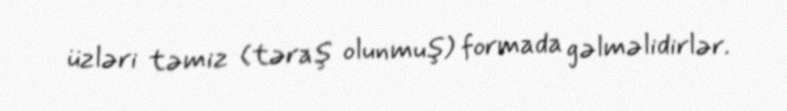
üzləri təmiz (təraş olunmuş) formada gəlməlidirlər.